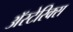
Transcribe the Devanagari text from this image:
अॅस्टेरिक्स